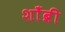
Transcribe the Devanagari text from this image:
शाँब्री